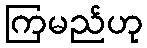
ကြမည်ဟု